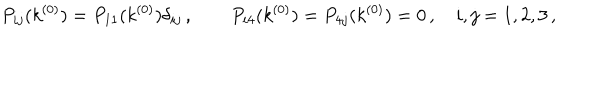
LaTeX: P _ { i j } ( k ^ { ( 0 ) } ) = P _ { 1 1 } ( k ^ { ( 0 ) } ) \delta _ { i j } \, , \qquad P _ { i 4 } ( k ^ { ( 0 ) } ) = P _ { 4 j } ( k ^ { ( 0 ) } ) = 0 \, , \quad i , j = 1 , 2 , 3 \, ,